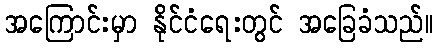
အကြောင်းမှာ နိုင်ငံရေးတွင် အခြေခံသည်။